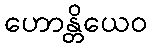
ဟောန္တိယေဝ